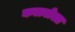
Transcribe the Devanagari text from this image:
कळलेला